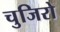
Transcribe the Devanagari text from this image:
चुजिरो